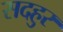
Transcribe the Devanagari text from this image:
सदहुर